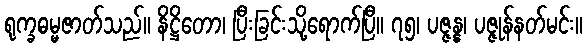
ရုက္ခဓမ္မဇာတ်သည်။ နိဋ္ဌိတော၊ ပြီးခြင်းသို့ရောက်ပြီ။ ၇၅၊ ပဇ္ဇန္န၊ ပဇ္ဇုန်နတ်မင်း။